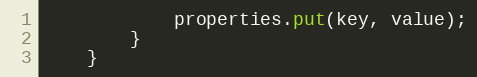
Language: Java
            properties.put(key, value);
        }
    }